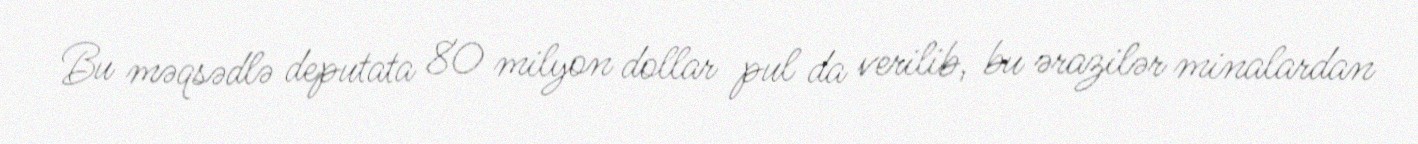
Bu məqsədlə deputata 80 milyon dollar pul da verilib, bu ərazilər minalardan